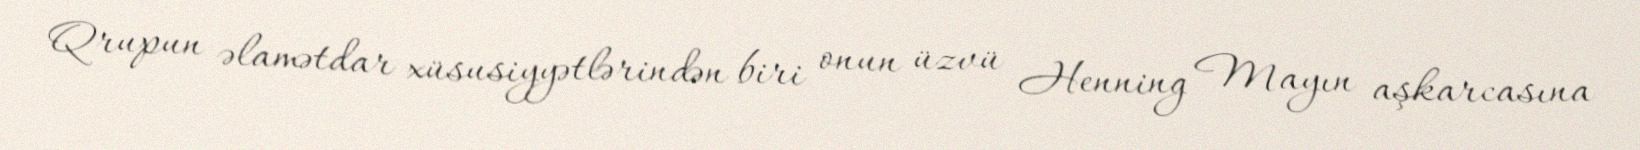
Qrupun əlamətdar xüsusiyyətlərindən biri onun üzvü Henning Mayın aşkarcasına